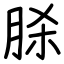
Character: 脎